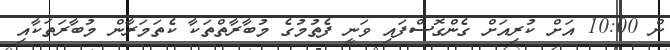
ން 10:00 އަށް ކުރިއަށް ގެންގޮސްފައި ވަނީ ފެތުމުގެ މުބާރާތްތަކާ ކެތަމަރާން މުބާރަތަކާއި